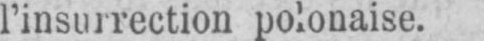
l’insurrection polonaise.